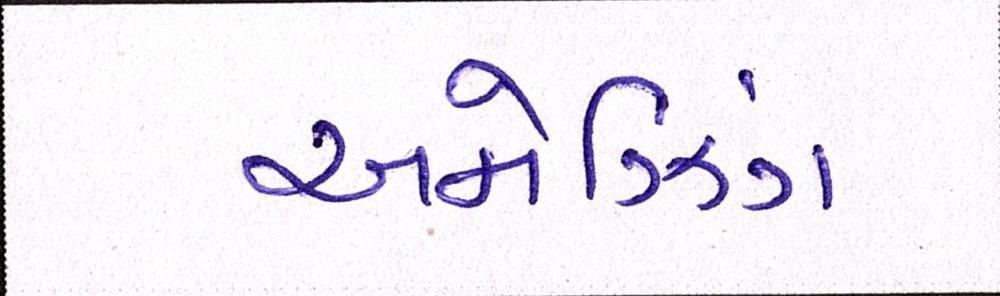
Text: અમેઝિંગ